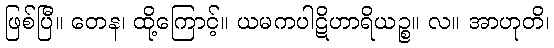
ဖြစ်ပြီ။ တေန၊ ထို့ကြောင့်။ ယမကပါဋိဟာရိယဉ္စ။ လ။ အာဟုတိ၊